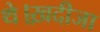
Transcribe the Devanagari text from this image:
थे।ख़दीजा